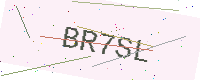
Text: BR7SL